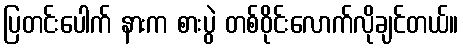
ပြတင်းပေါက် နားက စားပွဲ တစ်ဝိုင်းလောက်လိုချင်တယ်။